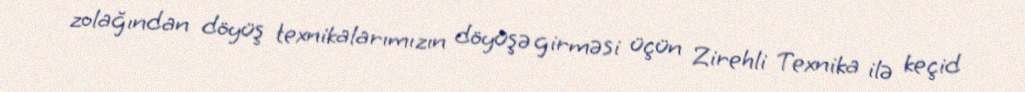
zolağından döyüş texnikalarımızın döyüşə girməsi üçün Zirehli Texnika ilə keçid